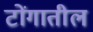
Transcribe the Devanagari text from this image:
टोंगातील